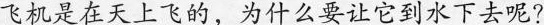
飞机是在天上飞的，为什么要让它到水下去呢?